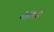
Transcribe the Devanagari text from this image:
मेलिगे